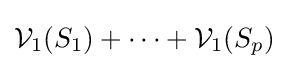
{\mathcal {V}}_{1}(S_{1})+\dots +{\mathcal {V}}_{1}(S_{p})